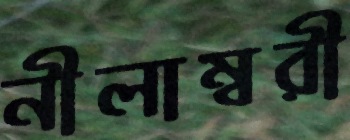
নীলাম্বরী